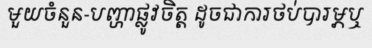
មួយចំនួន-បញ្ហាផ្លូវចិត្ត ដូចជាការថប់បារម្ភឬ